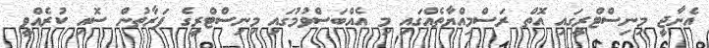
އެނާޖީ މިނިސްޓްރީގައި އޮތް ރަސްމިއްޔާތެއްގައި މި އެއްބަސްވުމުގައި މިނިސްޓްރީގެ ފަރާތުން ސޮއި ކުރެއްވީ